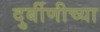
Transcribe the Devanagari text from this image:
दुर्बीणीच्या